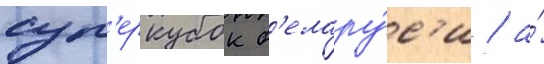
суп'еркубок б'елару́с'и / а́